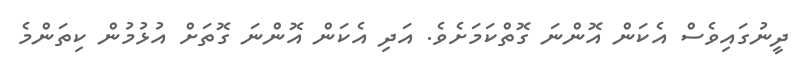
ދީނުގައިވެސް އެކަން އޮންނަ ގޮތްކަމަށެވެ. އަދި އެކަން އޮންނަ ގޮތަށް އުޅުމުން ކިތަންމެ